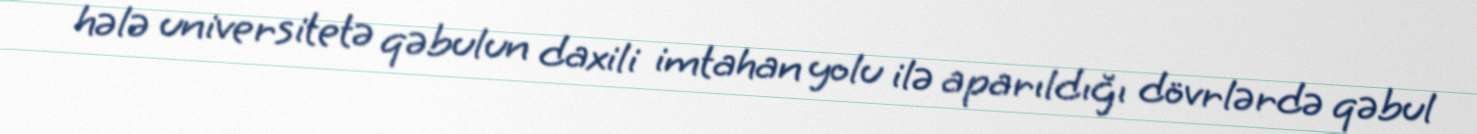
hələ universitetə qəbulun daxili imtahan yolu ilə aparıldığı dövrlərdə qəbul